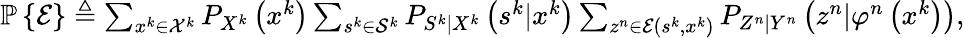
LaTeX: \begin{array}{r}{\mathbb{P}\left\{ \mathcal{E}\right\} \triangleq\sum_{x^{k}\in\mathcal{X}^{k}}P_{X^{k}}\left(x^{k}\right)\sum_{s^{k}\in\mathcal{S}^{k}}P_{S^{k}|X^{k}}\left(s^{k}|x^{k}\right)\sum_{z^{n}\in\mathcal{E}(s^{k},x^{k})}P_{Z^{n}|Y^{n}}\left(z^{n}|\varphi^{n}\left(x^{k}\right)\right),}\end{array}